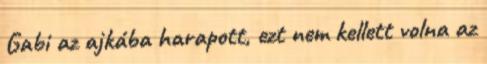
Gabi az ajkába harapott, ezt nem kellett volna az